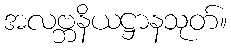
အလဗ္ဘနိယဋ္ဌာနသုတ်။